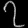
Digit: ၇